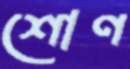
শোণ